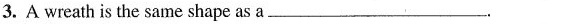
3.A wreath is the same shape as a___.